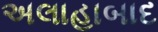
અલાહાબાદ